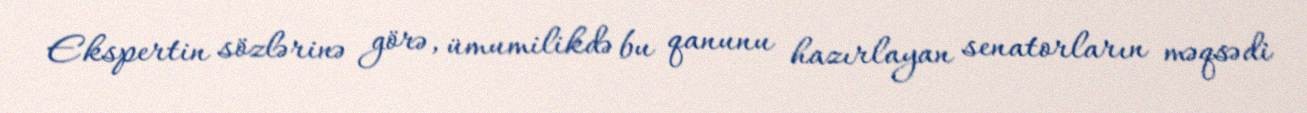
Ekspertin sözlərinə görə, ümumilikdə bu qanunu hazırlayan senatorların məqsədi